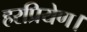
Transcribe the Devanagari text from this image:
हरप्रियेण।